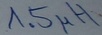
Text: 1.5µH